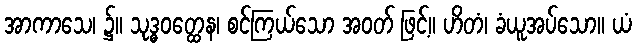
အာကာသေ၊ ၌။ သုဒ္ဓဝတ္ထေန၊ စင်ကြယ်သော အဝတ် ဖြင့်။ ဟိတံ၊ ခံယူအပ်သော။ ယံ